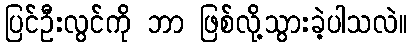
ပြင်ဦးလွင်ကို ဘာ ဖြစ်လို့သွားခဲ့ပါသလဲ။